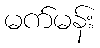
မက်မန်း